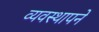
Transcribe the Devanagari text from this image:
व्यवस्थापने